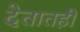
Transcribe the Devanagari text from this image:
देतातही